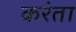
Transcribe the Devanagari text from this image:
करंता